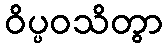
ဝိပ္ပဝသိတွာ